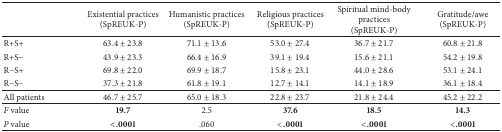
<table><thead><tr><td><b> </b></td><td><b>Existential practices (SpREUK-P)</b></td><td><b>Humanistic practices (SpREUK-P)</b></td><td><b>Religious practices (SpREUK-P)</b></td><td><b>Spiritual mind-body practices (SpREUK-P)</b></td><td><b>Gratitude/awe (SpREUK-P)</b></td></tr></thead><tbody><tr><td>R+S+</td><td>63.4 ± 23.8</td><td>71.1 ± 13.6</td><td>53.0 ± 27.4</td><td>36.7 ± 21.7</td><td>60.8 ± 21.8</td></tr><tr><td>R+S−</td><td>43.9 ± 23.3</td><td>66.4 ± 16.9</td><td>39.1 ± 19.4</td><td>15.6 ± 21.1</td><td>54.2 ± 19.8</td></tr><tr><td> R−S+</td><td>69.8 ± 22.0</td><td>69.9 ± 18.7</td><td>15.8 ± 23.1</td><td>44.0 ± 28.6</td><td>53.1 ± 24.1</td></tr><tr><td>R−S−</td><td>37.3 ± 21.8</td><td>61.8 ± 19.1</td><td>12.7 ± 14.1</td><td>14.1 ± 18.9</td><td>36.1 ± 18.4</td></tr><tr><td>All patients</td><td>46.7 ± 25.7</td><td>65.0 ± 18.3</td><td>22.8 ± 23.7</td><td>21.8 ± 24.4</td><td>45.2 ± 22.2</td></tr><tr><td><i>F</i> value</td><td><b>19.7</b></td><td>2.5</td><td><b>37.6</b></td><td><b>18.5</b></td><td><b>14.3</b></td></tr><tr><td><i>P</i> value</td><td><b>&lt;.0001</b></td><td>.060</td><td><b>&lt;.0001</b></td><td><b>&lt;.0001</b></td><td><b>&lt;.0001</b></td></tr></tbody></table>